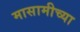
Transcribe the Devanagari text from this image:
मासामीच्या